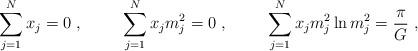
LaTeX: \begin{align*}\sum_{j=1}^{N}x_j=0~,\hskip 1cm\sum_{j=1}^{N}x_jm_j^2=0~,\hskip 1cm\sum_{j=1}^{N}x_j m_j^2\ln m_j^2={\pi \over G}~,\end{align*}